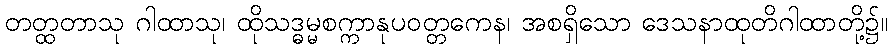
တတ္ထတာသု ဂါထာသု၊ ထိုသဒ္ဓမ္မစက္ကာနုပဝတ္တကေန၊ အစရှိသော ဒေသနာထုတိဂါထာတို့၌။